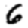
Digit: 6